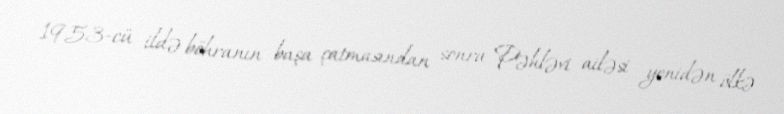
1953-cü ildə böhranın başa çatmasından sonra Pəhləvi ailəsi yenidən ölkə